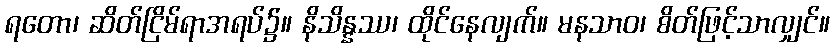
ရတော၊ ဆိတ်ငြိမ်ရာအရပ်၌။ နိသိန္နဿ၊ ထိုင်နေလျက်။ မနသာဝ၊ စိတ်ဖြင့်သာလျှင်။